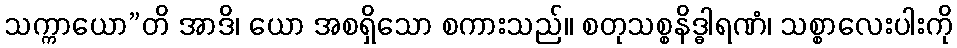
သက္ကာယော”တိ အာဒိ၊ ယော အစရှိသော စကားသည်။ စတုသစ္စနိဒ္ဓါရဏံ၊ သစ္စာလေးပါးကို